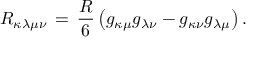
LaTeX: R _ { \kappa \lambda \mu \nu } \, = \, \frac { R } { 6 } \left( g _ { \kappa \mu } g _ { \lambda \nu } - g _ { \kappa \nu } g _ { \lambda \mu } \right) .